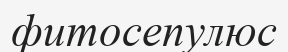
фитосепулюс